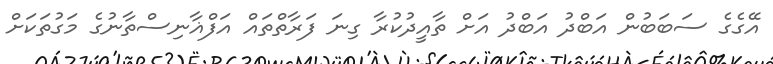
އޭގެގެ ސަބަބުން އަބްދު އަބްދު އަށް ތާއީދުކުރާ ގިނަ ފަރާތްތައް އަފްޣާނިސްތާނުގެ މަގުތަކަށް